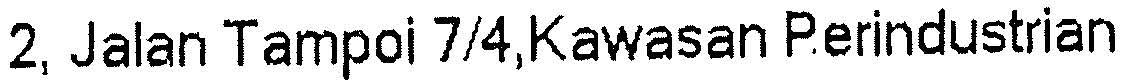
12, JALAN TAMPOI 7/4,KAWASAN PERINDUSTRIAN